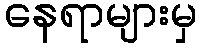
နေရာများမှ